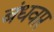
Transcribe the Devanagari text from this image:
बंधवार